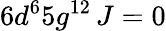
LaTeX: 6d^{6}5g^{12}\, J=0